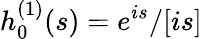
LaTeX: h_{0}^{(1)}(s)=e^{is}/[is]